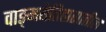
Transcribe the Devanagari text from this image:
वाङ्‌मयेतिहासातील